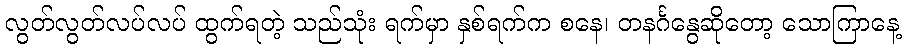
လွတ်လွတ်လပ်လပ် ထွက်ရတဲ့ သည်သုံး ရက်မှာ နှစ်ရက်က စနေ၊ တနင်္ဂနွေဆိုတော့ သောကြာနေ့